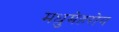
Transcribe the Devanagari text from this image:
मधुमेहरोग